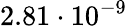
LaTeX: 2.81\cdot 10^{-9}